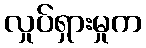
လှုပ်ရှားမှုက